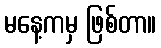
မနေ့ကမှ ဖြစ်တာ။